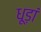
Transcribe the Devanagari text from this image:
धूड़ां